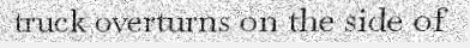
truck overturns on the side of